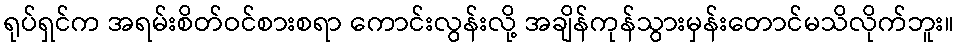
ရုပ်ရှင်က အရမ်းစိတ်ဝင်စားစရာ ကောင်းလွန်းလို့ အချိန်ကုန်သွားမှန်းတောင်မသိလိုက်ဘူး။